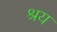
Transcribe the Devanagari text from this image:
श्रय